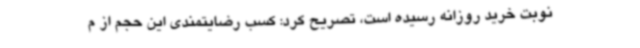
نوبت خرید روزانه رسیده است، تصریح کرد: کسب رضایتمندی این حجم از م